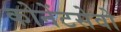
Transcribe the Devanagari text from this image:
कोनेंटसेवो